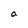
Character: a